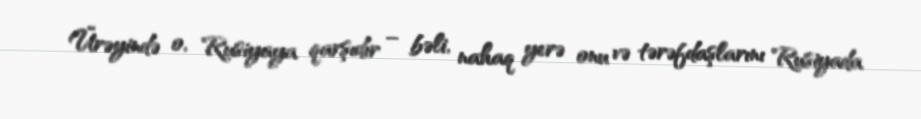
Ürəyində o, Rusiyaya qarşıdır – bəli, nahaq yerə onu və tərəfdaşlarını Rusiyada